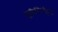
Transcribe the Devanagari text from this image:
यूकैरियोट्स